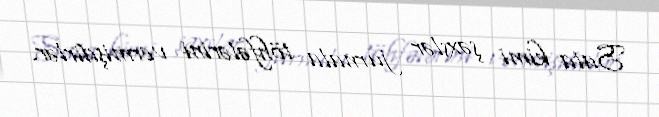
Sata kimi şəxslər jurnala töhfələrini vermişdirlər.